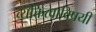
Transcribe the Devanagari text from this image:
व्यक्तित्वाविषयी